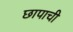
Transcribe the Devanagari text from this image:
छापाची